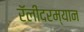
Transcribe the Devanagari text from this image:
रॅलीदरम्यान